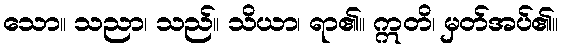
သော။ သညာ၊ သည်။ သိယာ၊ ရာ၏။ ဣတိ၊ မှတ်အပ်၏။